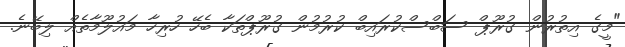
"މީގެ އިތުރުން ގުރޫޕް ސަބްސްކުރައިބް ކުރުމުން ގުރޫޕްތަކާ ބެހޭ ހުރިހާ މައުލޫމާތެއް ލިބޭނެ.